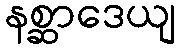
နစ္ဆာဒေယျ